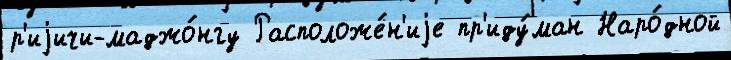
р'иjичи-маджо́нгу Расположе́н'иjе пр'иду́ман Наро́дной